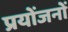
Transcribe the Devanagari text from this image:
प्रयोंजनों